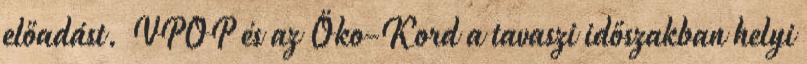
előadást. VPOP és az Öko-Kord a tavaszi időszakban helyi